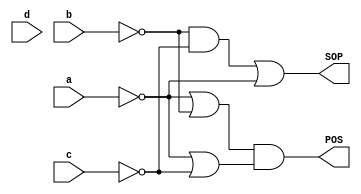
module q3_1_gate(input a, input b, input c, input d, output SOP, output POS);
assign SOP = ((~b&~c)|~a);
assign POS = (((~a)|(~b))&((~a)|(~c)));
endmodule